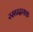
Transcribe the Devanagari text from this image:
रसप्रदायक